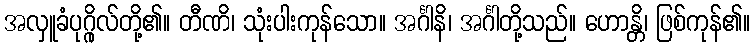
အလှူခံပုဂ္ဂိုလ်တို့၏။ တီဏိ၊ သုံးပါးကုန်သော။ အင်္ဂါနိ၊ အင်္ဂါတို့သည်။ ဟောန္တိ၊ ဖြစ်ကုန်၏။